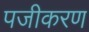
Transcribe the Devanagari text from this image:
पजीकरण